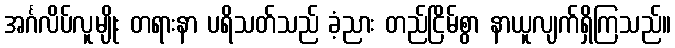
အင်္ဂလိပ်လူမျိုး တရားနာ ပရိသတ်သည် ခံ့ညား တည်ငြိမ်စွာ နာယူလျက်ရှိကြသည်။